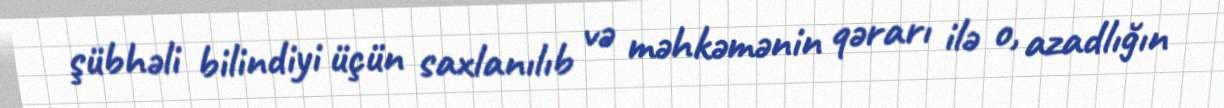
şübhəli bilindiyi üçün saxlanılıb və məhkəmənin qərarı ilə o, azadlığın